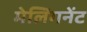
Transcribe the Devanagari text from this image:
मेलिगनेंट